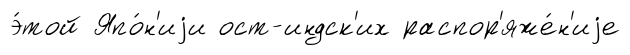
э́той Япо́н'иjи ост-индск'их распор'яже́н'иjе